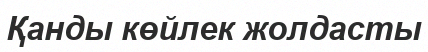
Қанды көйлек жолдасты